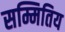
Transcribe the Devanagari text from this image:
सम्मितिय